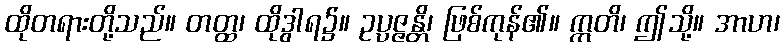
ထိုတရားတို့သည်။ တတ္ထ၊ ထိုဒွါရ၌။ ဥပ္ပဇ္ဇန္တိ၊ ဖြစ်ကုန်၏။ ဣတိ၊ ဤသို့။ အာဟ၊